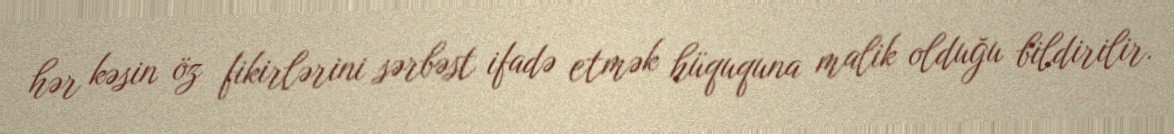
hər kəsin öz fikirlərini sərbəst ifadə etmək hüququna malik olduğu bildirilir.